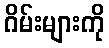
ဂိမ်းများကို